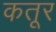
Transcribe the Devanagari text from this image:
कतूर